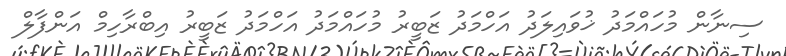
ސިނާން މުހައްމަދު ޚުވައިލަދު އަހްމަދު ޒަބީރު މުހައްމަދު އަހްމަދު ޒަބީރު އިބްރާހިމް އަންފާލް